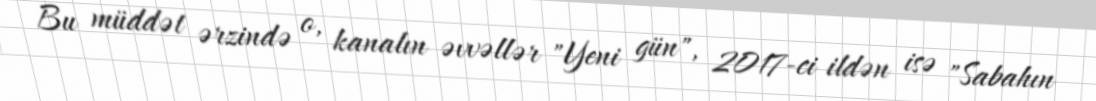
Bu müddət ərzində o, kanalın əvvəllər "Yeni gün", 2017-ci ildən isə "Sabahın